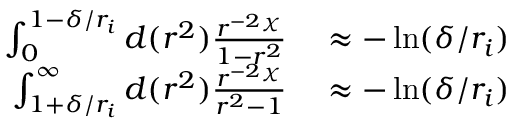
\begin{array} { r l } { \int _ { 0 } ^ { 1 - \delta / r _ { i } } d ( r ^ { 2 } ) \frac { r ^ { - 2 \chi } } { 1 - r ^ { 2 } } } & { { } \approx - \ln ( \delta / r _ { i } ) } \\ { \int _ { 1 + \delta / r _ { i } } ^ { \infty } d ( r ^ { 2 } ) \frac { r ^ { - 2 \chi } } { r ^ { 2 } - 1 } } & { { } \approx - \ln ( \delta / r _ { i } ) } \end{array}